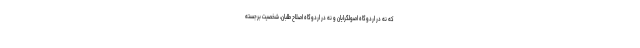
که نه در اردوگاه اصولگرایان و نه در اردوگاه اصلاح طلبان، شخصیت برجسته